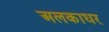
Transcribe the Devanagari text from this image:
अलकाधर